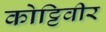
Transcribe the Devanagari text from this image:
कोट्टिवीर